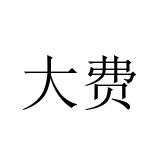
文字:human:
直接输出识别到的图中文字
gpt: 大费